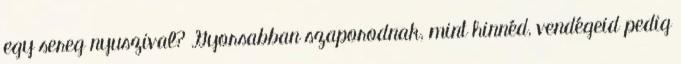
egy sereg nyuszival? Gyorsabban szaporodnak, mint hinnéd, vendégeid pedig